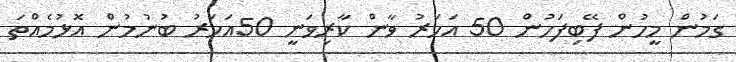
ގަމުން މީހުން ފޭބިފަހުން 50 އަހަރު ވާން ކާރިވަނީ 50އަހަރު ބުނުމުން އޮޅުމެއްތަ